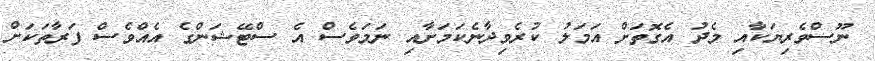
ނޫސްވެރިޔަކާއި މެދު އެގޮތަށް އަމަލު ކުރެވިދާނެކަމަށާއި ނަމަވެސް އެ ސްޓޭޝަންގެ އެއްވެސް ފަރާތަކަށް